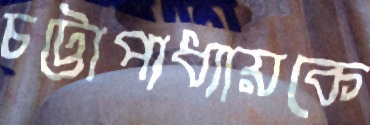
চট্টোপাধ্যায়কে